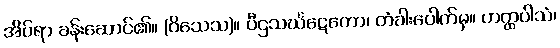
အိပ်ရာ ခန်းဆောင်၏။ (ဝိသေသ)။ ပီဌသင်္ဃဋေတော၊ တံခါးပေါက်မှ။ ဟတ္ထပါသံ၊